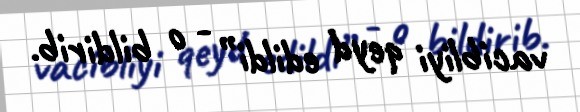
vacibliyi qeyd edildi” - o bildirib.